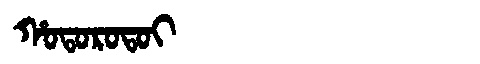
Manchu: ᡥᠣᡨᠣᡵᠣᡨᠣᡳ
Romanization: HOTOROTOI